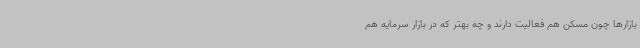
بازارها چون مسکن هم فعالیت دارند و چه بهتر که در بازار سرمایه هم